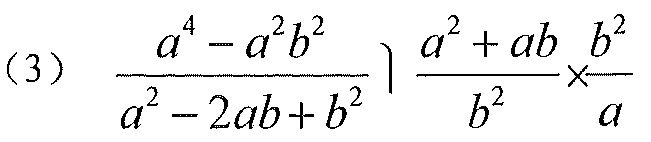
(3) \(\dfrac{a^{4}-a^{2}b^{2}}{a^{2}-2ab + b^{2}}\Bigg|\dfrac{a^{2}+ab}{b^{2}}\times\dfrac{b^{2}}{a}\)